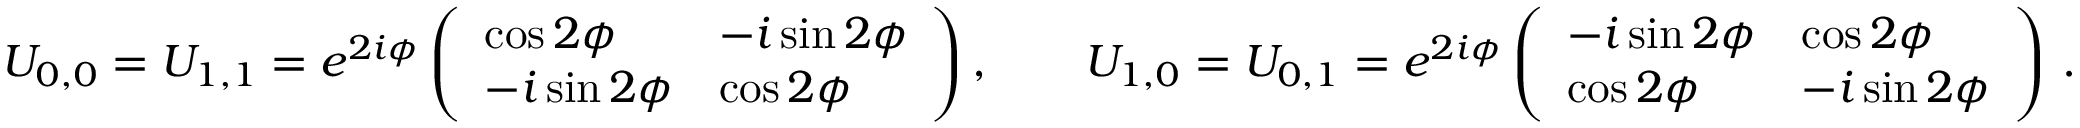
\begin{array} { r } { U _ { 0 , 0 } = U _ { 1 , 1 } = e ^ { 2 i \phi } \left( \begin{array} { l l } { \cos 2 \phi } & { - i \sin 2 \phi } \\ { - i \sin 2 \phi } & { \cos 2 \phi } \end{array} \right) , \qquad U _ { 1 , 0 } = U _ { 0 , 1 } = e ^ { 2 i \phi } \left( \begin{array} { l l } { - i \sin 2 \phi } & { \cos 2 \phi } \\ { \cos 2 \phi } & { - i \sin 2 \phi } \end{array} \right) \, . } \end{array}